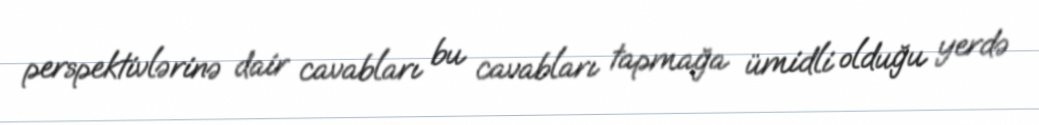
perspektivlərinə dair cavabları bu cavabları tapmağa ümidli olduğu yerdə